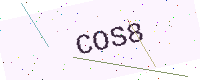
Text: COS8